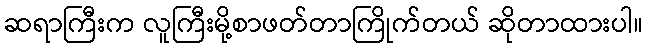
ဆရာကြီးက လူကြီးမို့စာဖတ်တာကြိုက်တယ် ဆိုတာထားပါ။